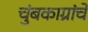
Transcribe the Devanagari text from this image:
चुंबकाग्रांचे